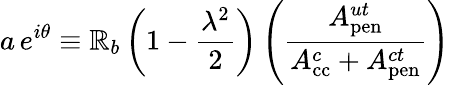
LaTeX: a\, e^{i\theta}\equiv\mathbb{R}_{b}\left(1-\frac{{\lambda^{2}}}{{2}}\right)\left(\frac{{A_{\mathrm{{pen}}}^{ut}}}{{A_{\mathrm{{cc}}}^{c}+A_{\mathrm{{pen}}}^{ct}}}\right)